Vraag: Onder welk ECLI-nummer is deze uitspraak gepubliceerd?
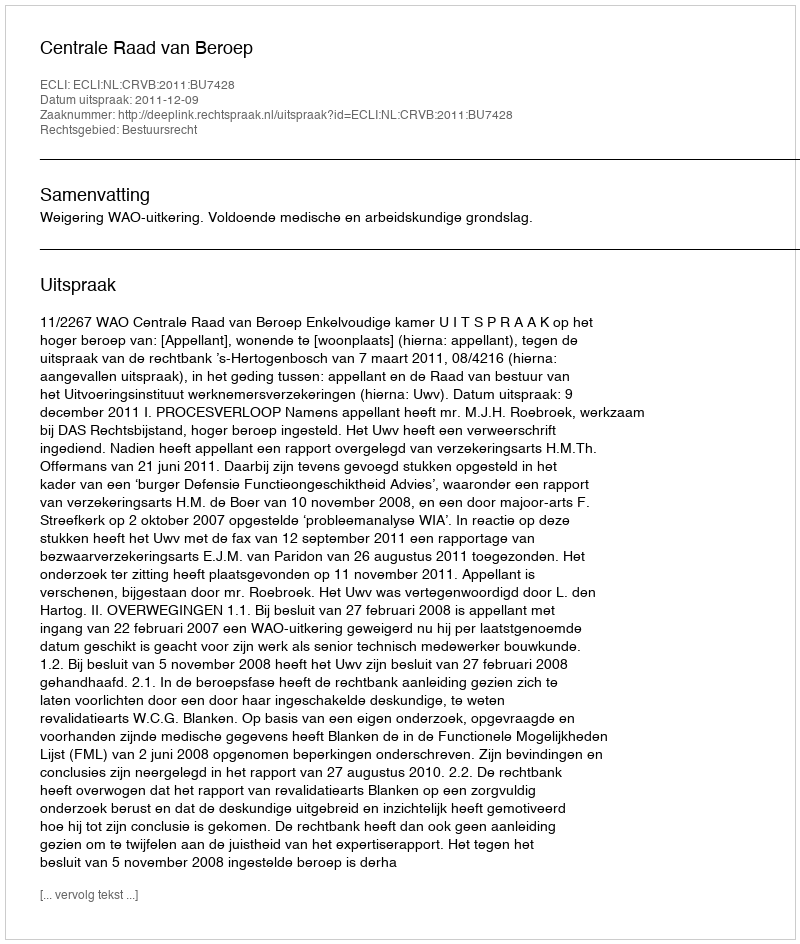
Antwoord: ECLI:NL:CRVB:2011:BU7428